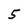
Character: 5